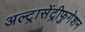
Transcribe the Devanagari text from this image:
अल्ट्रासेंट्रीफुगेशन